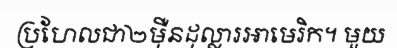
ប្រហែលជា២ម៉ឺនដុល្លារអាមេរិក។ មួយ